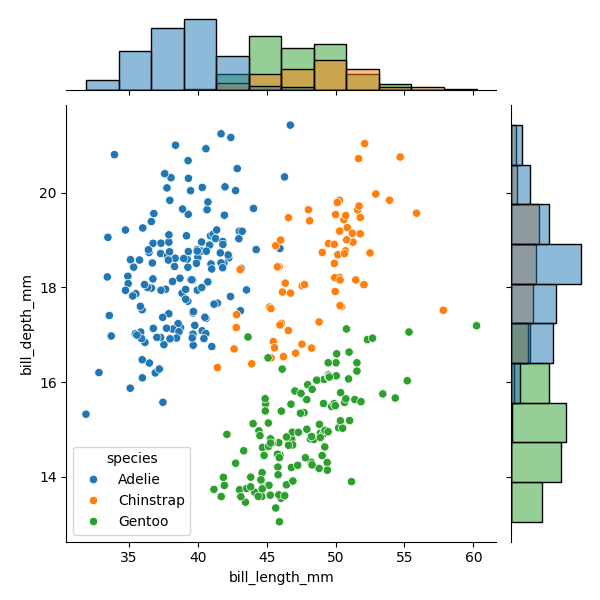
python, seaborn, JointGrid, scatterplot, histplot, hue